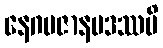
နေဂမဇာနပဒဿပိ